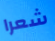
شعرا